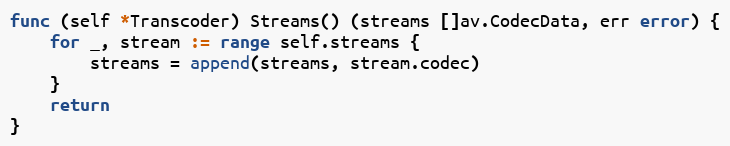
Language: Go
func (self *Transcoder) Streams() (streams []av.CodecData, err error) {
	for _, stream := range self.streams {
		streams = append(streams, stream.codec)
	}
	return
}